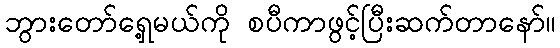
ဘွားတော်ရှေ့မယ်ကို စပီကာဖွင့်ပြီးဆက်တာနော်။